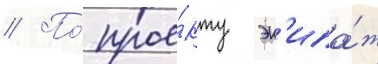
// По́ прое́кту эк'ипа́ж